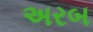
અરબ